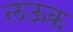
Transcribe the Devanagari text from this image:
लऊक